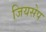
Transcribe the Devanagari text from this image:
जियसेप